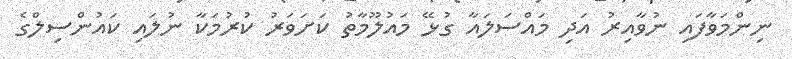
ނިންމަވާފައި ނުވާއިރު އަދި މައްސަލައާ ގުޅޭ މައުލޫމާތު ކަށަވަރު ކުރުމަކާ ނުލައި ކައުންސިލްގެ